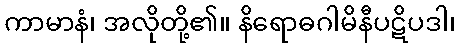
ကာမာနံ၊ အလိုတို့၏။ နိရောဓဂါမိနီပဋိပဒါ၊